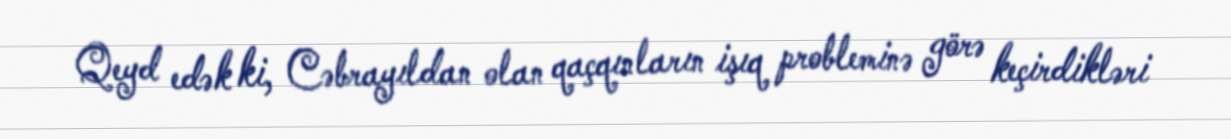
Qeyd edək ki, Cəbrayıldan olan qaçqınların işıq probleminə görə keçirdikləri